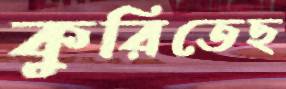
কুরিতেছ